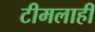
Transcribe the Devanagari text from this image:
टीमलाही